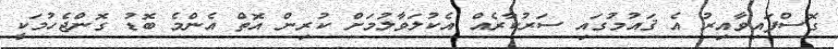
ގޮސްފައިވާއިރު އެ ޤައުމުގައި ސަރުކާރެއް އެކުލަވާލުމަށް ކުރިން އޮތް އެންމެ ބޮޑު ގޮންޖެހުމަކީ